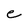
Character: e